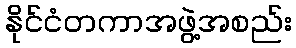
နိုင်ငံတကာအဖွဲ့အစည်း